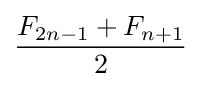
{F_{2n-1}+F_{n+1}} \over 2